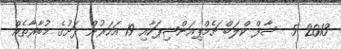
2013 5  ސާފް ކްލަބް ޗެމްޕިއަންޝިޕަކާއި 19 އަހަރުން ދަށުގެ މުބާރާތެއް